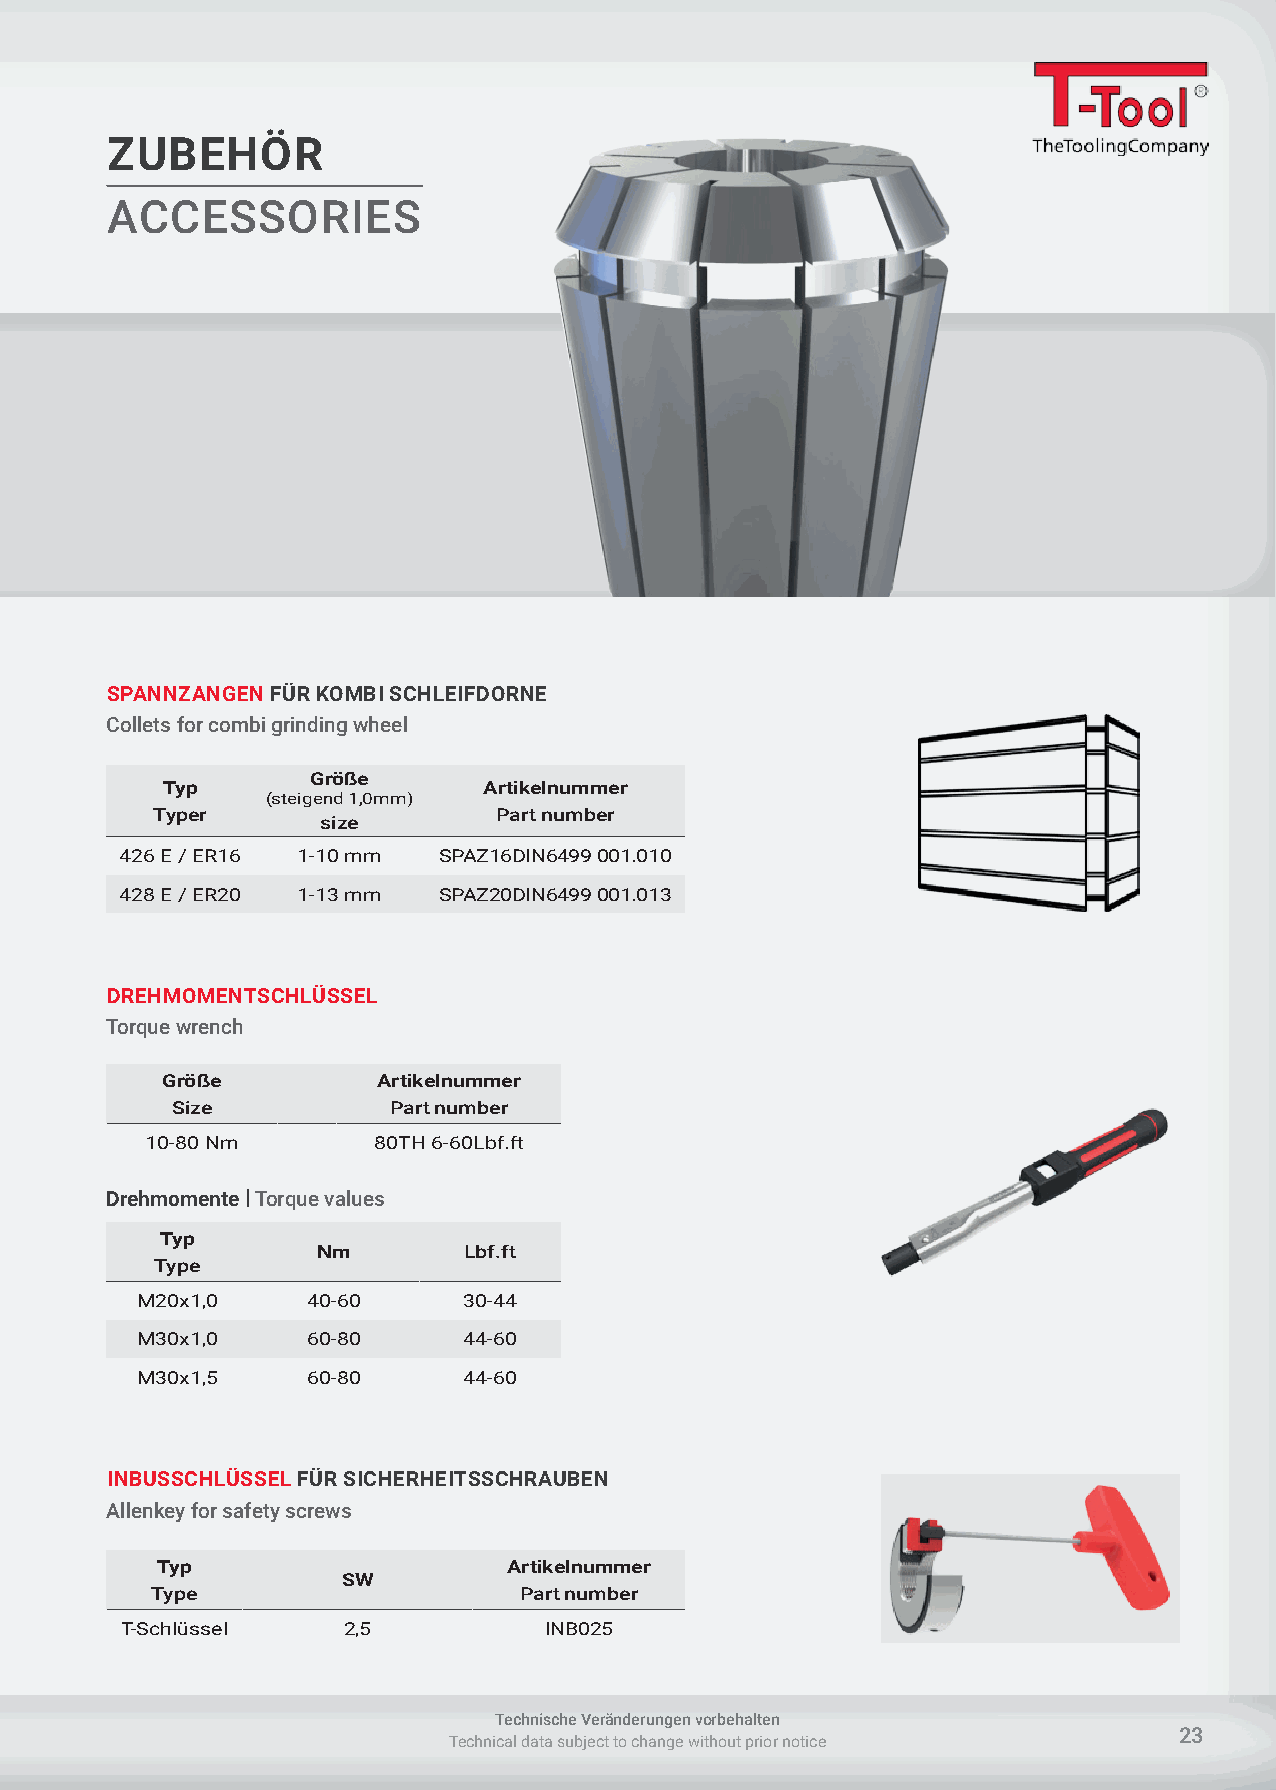
ZUBEHÖR
 ACCESSORIES
 SPANNZANGEN FÜR KOMBI SCHLEIFDORNE
 Collets for combi grinding wheel
 Größe
 Typ                  Artikelnummer
 (steigend 1,0mm)
 Typer                  Part number
 size
 426 E / ER16 1-10 mm SPAZ16DIN6499 001.010
 428 E / ER20 1-13 mm SPAZ20DIN6499 001.013
 DREHMOMENTSCHLÜSSEL
 Torque wrench
 Größe         Artikelnummer
 Size           Part number
 10-80 Nm       80TH 6-60Lbf.ft
 Drehmomente | Torque values
 Typ
 Nm        Lbf.ft
 Type
 M20x1,0    40-60      30-44
 M30x1,0    60-80      44-60
 M30x1,5    60-80      44-60
 INBUSSCHLÜSSEL FÜR SICHERHEITSSCHRAUBEN
 Allenkey for safety screws
 Typ                     Artikelnummer
 SW
 Type                    Part number
 T-Schlüssel    2,5          INB025
 Technische Veränderungen vorbehalten
 23
 Technical data subject to change without prior notice